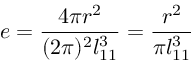
e = \frac { 4 \pi r ^ { 2 } } { ( 2 \pi ) ^ { 2 } l _ { 1 1 } ^ { 3 } } = \frac { r ^ { 2 } } { \pi l _ { 1 1 } ^ { 3 } }